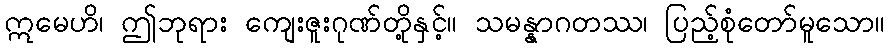
ဣမေဟိ၊ ဤဘုရား ကျေးဇူးဂုဏ်တို့နှင့်။ သမန္နာဂတဿ၊ ပြည့်စုံတော်မူသော။